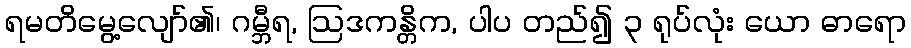
ရမတိမွေ့လျော်၏၊ ဂမ္ဘီရ, ဩဒကန္တိက, ပါပ တည်၍ ၃ ရုပ်လုံး ယော ဓာရော